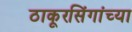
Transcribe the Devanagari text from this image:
ठाकूरसिंगांच्या